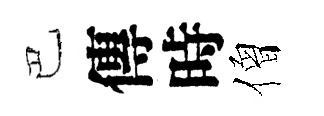
巴傳時僧